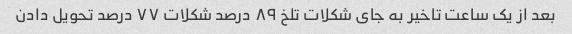
بعد از یک ساعت تاخیر به جای شکلات تلخ ۸۹ درصد شکلات ۷۷ درصد تحویل دادن